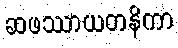
ဆဖဿာယတနိကာ